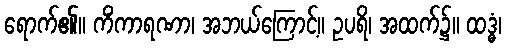
ရောက်၏။ ကိံကာရဏာ၊ အဘယ်ကြောင့်။ ဥပရိ၊ အထက်၌။ ထဒ္ဓံ၊